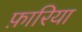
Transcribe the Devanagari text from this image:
फ़ारिया